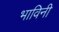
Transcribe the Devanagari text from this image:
भाविनी